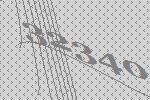
32340